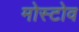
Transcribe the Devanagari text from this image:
मोस्टोव